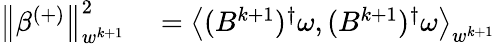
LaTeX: \begin{array}{rl}{\left\lVert\beta^{(+)}\right\rVert_{w^{k+1}}^{2}}&{{}=\left\langle(B^{k+1})^{\dagger}\omega,(B^{k+1})^{\dagger}\omega\right\rangle_{w^{k+1}}}\end{array}